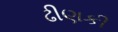
ઢીણકી